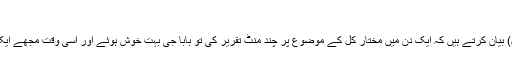
‘‘
شیخ احسن عظیم حفظہ اللہ (فاضل دارالحدیث راجووال) بیان کرتے ہیں کہ ایک دن میں مختار کل کے موضوع پر چند منٹ تقریر کی تو بابا جی بہت خوش ہوئے اور اسی وقت مجھے ایک ہزار روپے اور خطبات ضیاء کتاب انعام میں دی ۔